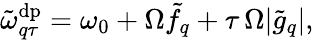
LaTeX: \tilde{\omega}_{q\tau}^{\mathrm{dp}}={\omega}_{0}+\Omega\tilde{f}_{q}+\tau\, \Omega|\tilde{g}_{q}|,